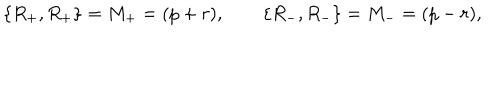
\{ R _ { + } , R _ { + } \} = M _ { + } = ( p + r ) , \qquad \{ R _ { - } , R _ { - } \} = M _ { - } = ( p - r ) , \qquad